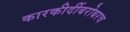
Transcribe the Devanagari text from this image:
कारकीर्दीबरोबरच